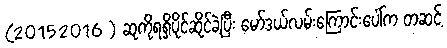
(20152016 ) ဆုကိုရရှိပိုင်ဆိုင်ခဲ့ပြီး မော်ဒယ်လမ်းကြောင်းပေါ်က တဆင့်